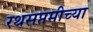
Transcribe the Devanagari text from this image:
रथसप्तमीच्या